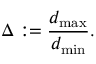
\Delta : = \frac { d _ { \operatorname* { m a x } } } { d _ { \operatorname* { m i n } } } .